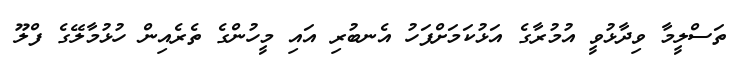
ތަސްލީމާ ވިދާޅުވީ އުމުރާގެ އަޅުކަމަށްފަހު އެނބުރި އައި މީހުންގެ ތެރެއިން ހުޅުމާލޭގެ ފްލޫ